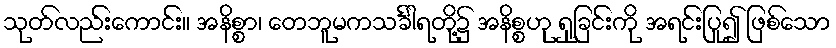
သုတ်လည်းကောင်း။ အနိစ္စာ၊ တေဘူမကသင်္ခါရတို့၌ အနိစ္စဟု ရှုခြင်းကို အရင်းပြု၍ ဖြစ်သော